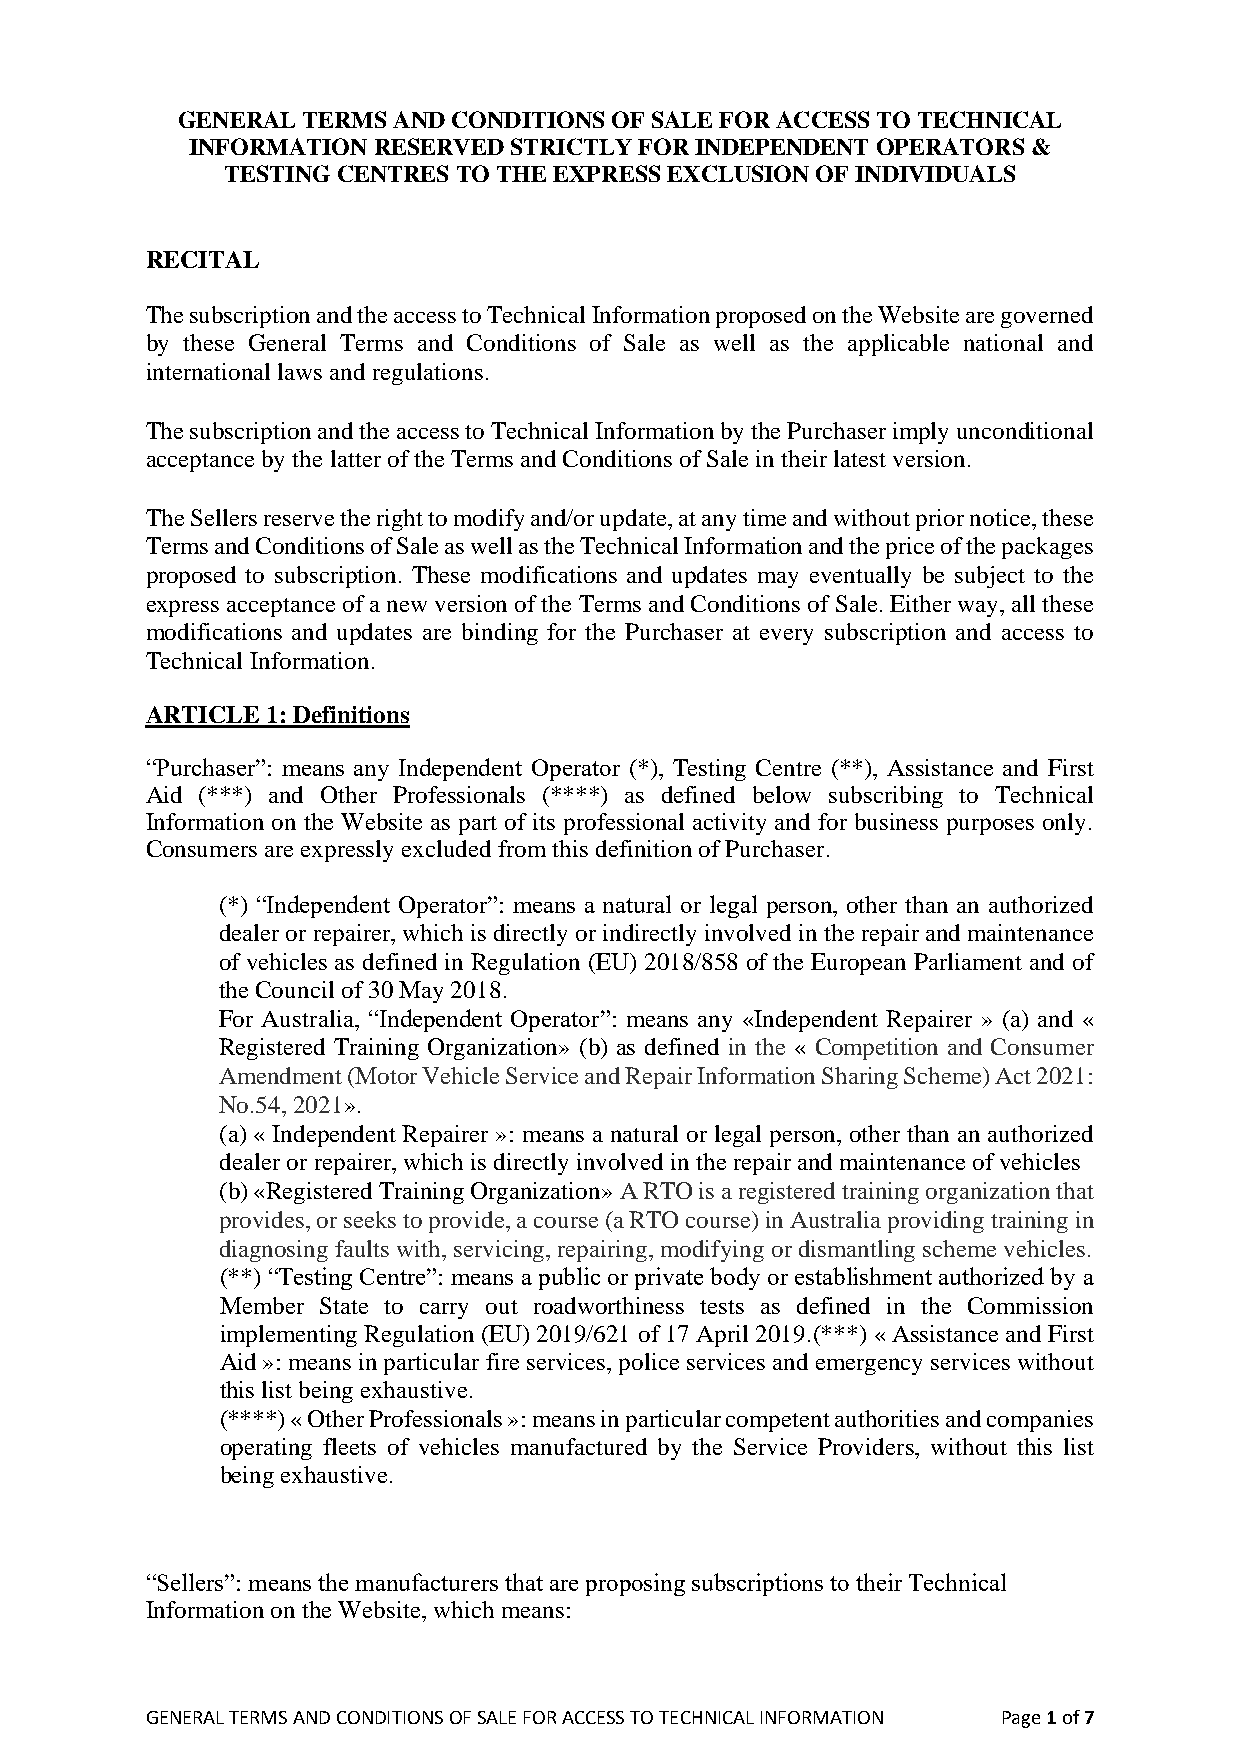
GENERAL TERMS AND CONDITIONS OF SALE FOR ACCESS TO TECHNICAL
 INFORMATION RESERVED STRICTLY FOR INDEPENDENT OPERATORS &
 TESTING CENTRES TO THE EXPRESS EXCLUSION OF INDIVIDUALS
 RECITAL
 The subscription and the access to Technical Information proposed on the Website are governed
 by these General Terms and Conditions of Sale as well as the applicable national and
 international laws and regulations.
 The subscription and the access to Technical Information by the Purchaser imply unconditional
 acceptance by the latter of the Terms and Conditions of Sale in their latest version.
 The Sellers reserve the right to modify and/or update, at any time and without prior notice, these
 Terms and Conditions of Sale as well as the Technical Information and the price of the packages
 proposed to subscription. These modifications and updates may eventually be subject to the
 express acceptance of a new version of the Terms and Conditions of Sale. Either way, all these
 modifications and updates are binding for the Purchaser at every subscription and access to
 Technical Information.
 ARTICLE 1: Definitions
 “Purchaser”: means any Independent Operator (*), Testing Centre (**), Assistance and First
 Aid (***) and Other Professionals (****) as defined below subscribing to Technical
 Information on the Website as part of its professional activity and for business purposes only.
 Consumers are expressly excluded from this definition of Purchaser.
 (*) “Independent Operator”: means a natural or legal person, other than an authorized
 dealer or repairer, which is directly or indirectly involved in the repair and maintenance
 of vehicles as defined in Regulation (EU) 2018/858 of the European Parliament and of
 the Council of 30 May 2018.
 For Australia, “Independent Operator”: means any «Independent Repairer » (a) and «
 Registered Training Organization» (b) as defined in the « Competition and Consumer
 Amendment (Motor Vehicle Service and Repair Information Sharing Scheme) Act 2021:
 No.54, 2021».
 (a) « Independent Repairer »: means a natural or legal person, other than an authorized
 dealer or repairer, which is directly involved in the repair and maintenance of vehicles
 (b) «Registered Training Organization» A RTO is a registered training organization that
 provides, or seeks to provide, a course (a RTO course) in Australia providing training in
 diagnosing faults with, servicing, repairing, modifying or dismantling scheme vehicles.
 (**) “Testing Centre”: means a public or private body or establishment authorized by a
 Member State to carry out roadworthiness tests as defined in the Commission
 implementing Regulation (EU) 2019/621 of 17 April 2019.(***) « Assistance and First
 Aid »: means in particular fire services, police services and emergency services without
 this list being exhaustive.
 (****) « Other Professionals »: means in particular competent authorities and companies
 operating fleets of vehicles manufactured by the Service Providers, without this list
 being exhaustive.
 “Sellers”: means the manufacturers that are proposing subscriptions to their Technical
 Information on the Website, which means:
 GENERAL TERMS AND CONDITIONS OF SALE FOR ACCESS TO TECHNICAL INFORMATION Page 1 of 7